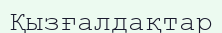
Қызғалдақтар